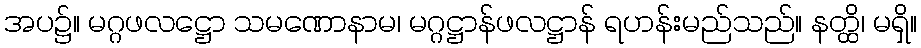
အပ၌။ မဂ္ဂဖလဋ္ဌော သမဏောနာမ၊ မဂ္ဂဋ္ဌာန်ဖလဋ္ဌာန် ရဟန်းမည်သည်။ နတ္ထိ၊ မရှိ။